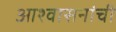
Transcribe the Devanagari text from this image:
आश्वासनांची